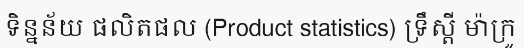
ទិន្នន័យ ផលិតផល (Product statistics) ទ្រឹស្តី ម៉ាក្រូ